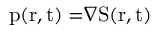
\mathrm { { p ( r , t ) = } } \nabla \mathrm { { S ( r , t ) } }